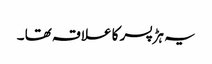
یہ ہڑ پسر کا علاقہ تھا ۔